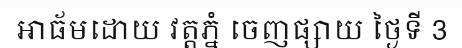
អាធ័មដោយ វត្តភ្នំ ចេញផ្សាយ ថ្ងៃទី 3